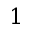
1